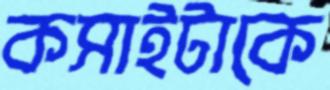
কসাইটাকে